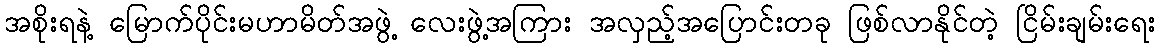
အစိုးရနဲ့ မြောက်ပိုင်းမဟာမိတ်အဖွဲ့ လေးဖွဲ့အကြား အလှည့်အပြောင်းတခု ဖြစ်လာနိုင်တဲ့ ငြိမ်းချမ်းရေး